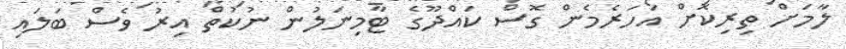
ލާމަށް ތިރިކޮށް އަހަރެމެން ގޮސް ކައްދޫގެ ޓާމިނަލުން ނުކުތް އިރު ވެސް ބަލައި